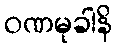
ဝဏမုခါနိ